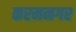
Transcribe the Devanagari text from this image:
करमनगर